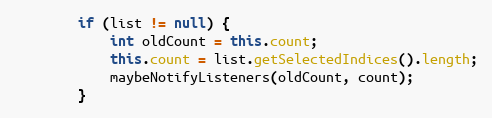
Language: Java
        if (list != null) {
            int oldCount = this.count;
            this.count = list.getSelectedIndices().length;
            maybeNotifyListeners(oldCount, count);
        }